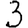
Digit: 3